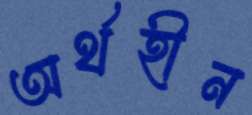
অর্থহীন